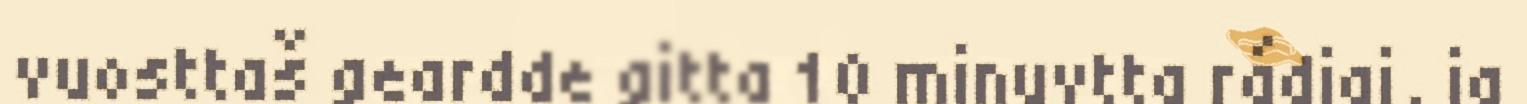
vuosttaš geardde gitta 10 minuvtta rádjai, ja